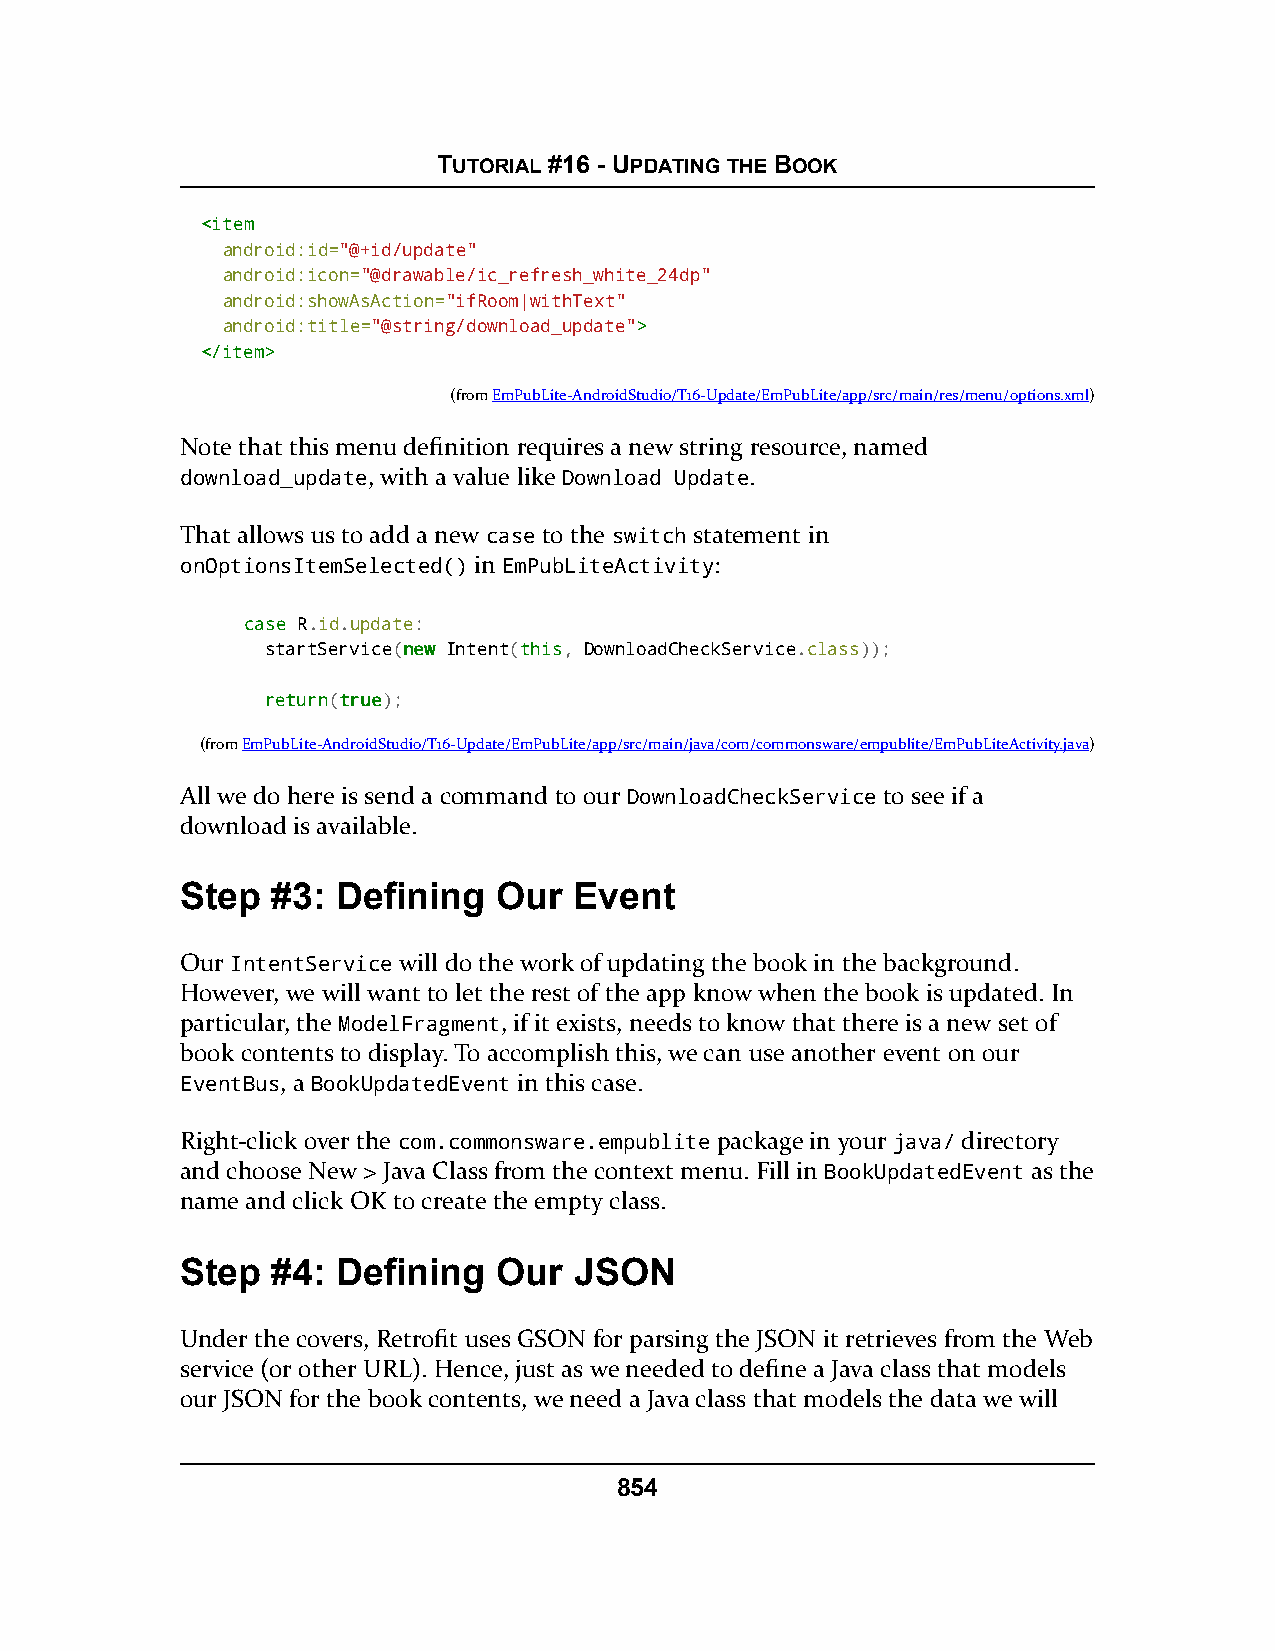
TUTORIAL #16 - UPDATING THE BOOK
 <<iitteemm
 android:id="@+id/update"
 android:icon="@drawable/ic_refresh_white_24dp"
 android:showAsAction="ifRoom|withText"
 android:title="@string/download_update">>
 <<//iitteemm>>
 (fromEmPubLite-AndroidStudio/T16-Update/EmPubLite/app/src/main/res/menu/options.xml)
 Note that this menu definition requires a new string resource, named
 download_update, with a value like Download Update.
 That allows us to add a new case to the switch statement in
 onOptionsItemSelected() in EmPubLiteActivity:
 ccaassee R.id.update:
 startService(nneeww Intent(tthhiiss, DownloadCheckService.class));
 rreettuurrnn(ttrruuee);
 (fromEmPubLite-AndroidStudio/T16-Update/EmPubLite/app/src/main/java/com/commonsware/empublite/EmPubLiteActivity.java)
 All we do here is send a command to our DownloadCheckService to see if a
 download is available.
 Step  #3: Defining   Our  Event
 Our IntentService will do the work of updating the book in the background.
 However, we will want to let the rest of the app know when the book is updated. In
 particular, the ModelFragment, if it exists, needs to know that there is a new set of
 book contents to display. To accomplish this, we can use another event on our
 EventBus, a BookUpdatedEvent in this case.
 Right-click over the com.commonsware.empublite package in your java/ directory
 and choose New > Java Class from the context menu. Fill in BookUpdatedEvent as the
 name and click OK to create the empty class.
 Step  #4: Defining   Our  JSON
 Under the covers, Retrofit uses GSON for parsing the JSON it retrieves from the Web
 service (or other URL). Hence, just as we needed to define a Java class that models
 our JSON for the book contents, we need a Java class that models the data we will
 854